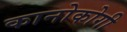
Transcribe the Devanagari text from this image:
कानोकोगी